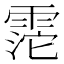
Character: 𩃱